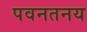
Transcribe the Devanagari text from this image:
पवनतनय